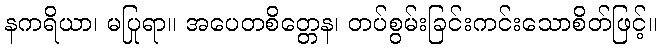
နကရိယာ၊ မပြုရာ။ အပေတစိတ္တေန၊ တပ်စွမ်းခြင်းကင်းသောစိတ်ဖြင့်။